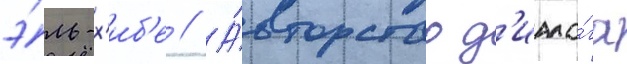
э́ль-х'иб'е // А́вторство д'иало́га